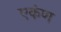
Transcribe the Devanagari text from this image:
एकंण